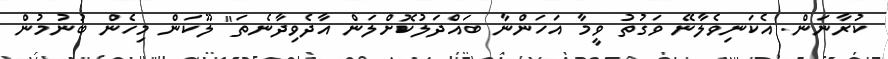
ކުރާނަން. އެކަނިވެލާނޭ ވަގުތު ވީމާ އަހަންނާ ބައްދަލުކޮށްލަން އާދެވިދާނެތަ" ލޫކަން މިހެން ބުނުމުން